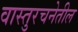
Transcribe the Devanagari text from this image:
वास्तुरचनेतील